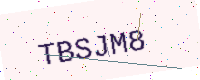
Text: TBSJM8